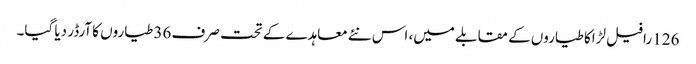
126 رافیل لڑاکا طیاروں کے مقابلے میں، اس نئے معاہدے کے تحت صرف 36 طیاروں کا آرڈر دیا گیا۔